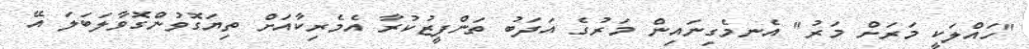
"ހައްލަކީ މަރަށް މަރު" އެނމެގިނައިން މަރުގެ އަދަބު ތަންފީޒުކުރާ އެމެރިކާއަަށް ތިޔަގޮވުންގޮވާލަބަލަ އޭ